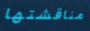
مناقشتها